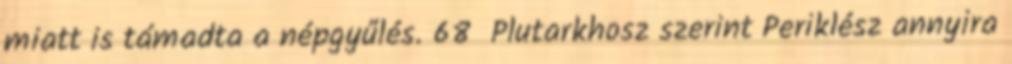
miatt is támadta a népgyűlés. 68 Plutarkhosz szerint Periklész annyira